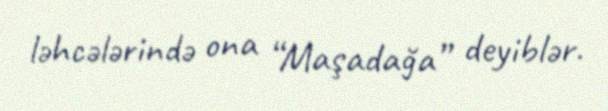
ləhcələrində ona “Maşadağa” deyiblər.